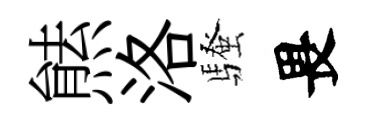
㷱洛騷畏